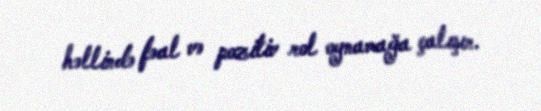
həllində fəal və pozitiv rol oynamağa çalışır.